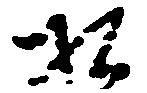
相